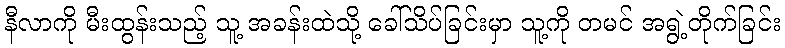
နီလာကို မီးထွန်းသည့် သူ့ အခန်းထဲသို့ ခေါ်သိပ်ခြင်းမှာ သူ့ကို တမင် အရွဲ့တိုက်ခြင်း